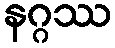
နဂ္ဂဿ